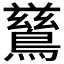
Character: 𮭋